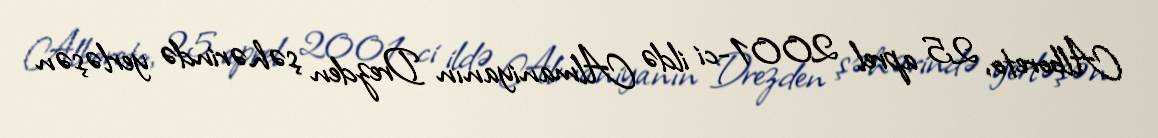
Alboreto, 25 aprel 2001-ci ildə Almaniyanın Drezden şəhərində yerləşən